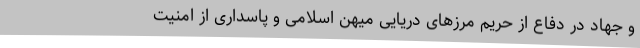
و جهاد در دفاع از حریم مرزهای دریایی میهن اسلامی و پاسداری از امنیت